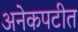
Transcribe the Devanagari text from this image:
अनेकपटीत